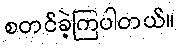
စတင်ခဲ့ကြပါတယ်။